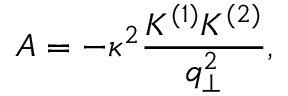
A = - \kappa ^ { 2 } \frac { K ^ { ( 1 ) } K ^ { ( 2 ) } } { q _ { \perp } ^ { 2 } } ,